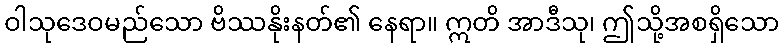
ဝါသုဒေဝမည်သော ဗိဿနိုးနတ်၏ နေရာ။ ဣတိ အာဒီသု၊ ဤသို့အစရှိသော